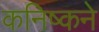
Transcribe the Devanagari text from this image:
कनिष्कने